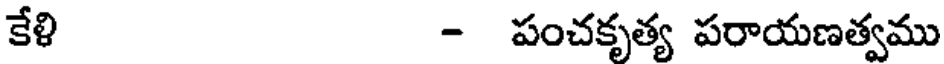
కేళి - పంచకృత్య పరాయణత్వము